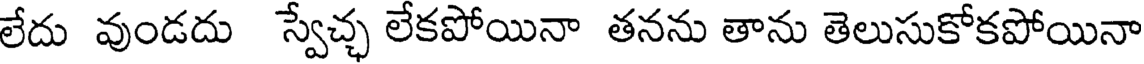
లేదు వుండదు స్వేచ్చ లేకపోయినా తనను తాను తెలుసుకోకపోయినా